Code of medical and sanitary regulations for the guidance of medical officers serving in the Madras Presidency - Volume II
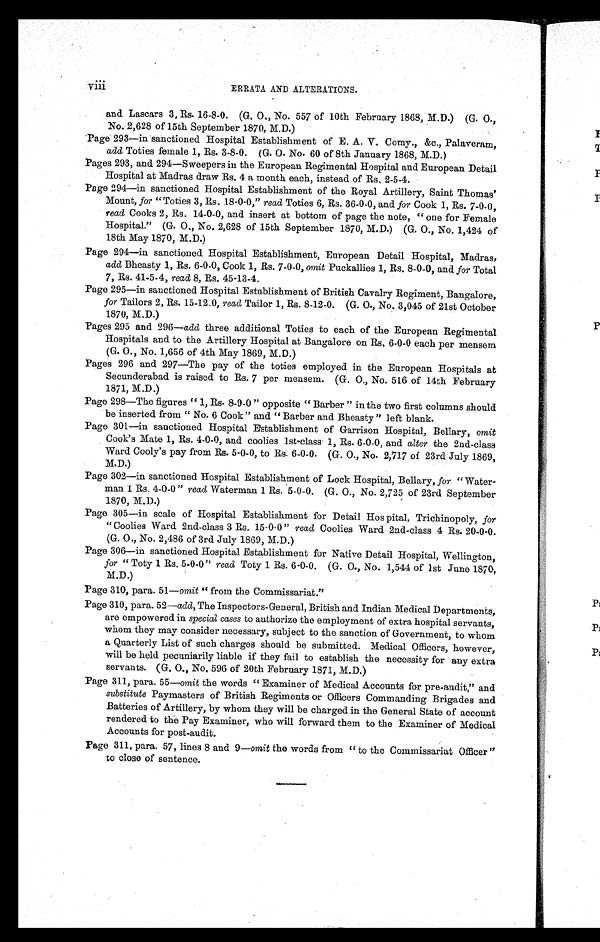
v i i i
ERRATA AND ALTERATIONS.
and Lascars 3, Rs. 16-8-0. (G. O,, No. 557 of 10th February 1868, M.D.) (G. O.,
No. 2,628 of 15th September 1870, M.D.)
Page 293—in sanctioned Hospital Establishment of E. A. V, Comy., &c., Palaveram,
add Toties female 1, Rs. 3-8-0. (G. O. No. 60 of 8th January 1868, M.D.)
Pages 293, and 294—Sweepers in the European Regimental Hospital and European Detail
Hospital at Madras draw Rs. 4 a month each, instead of Rs, 2-5-4.
Page 294—in sanctioned Hospital Establishment of the Royal Artillery, Saint Thomas'
Mount, for " Toties 3, Rs. 18-0-0," read Toties 6, Rs. 36-0-0, and for Cook 1, Rs. 7-0-0,
read Cooks 2, Rs. 14-0-0, and insert at bottom of page the note, " one for Female
Hospital." (G. O,, No. 2,628 of 15th September 1870, M.D.) (G. O., No. 1,424 of
18th May 1870, M.D.)
Page 294—in sanctioned Hospital Establishment, European Detail Hospital, Madras,
add Bheasty 1, Rs. 6-0-0, Cook 1, Rs. 7-0-0, omit Puckallies 1, Rs. 8-0-0, and for Total
7, Rs. 41.5-4, read 8, Rs. 45-13-4.
Page 295—in sanctioned Hospital Establishment of British Cavalry Regiment, Bangalore,
for Tailors 2, Rs. 15-12.0, read Tailor 1, Rs. 8-12-0. (G. O., No. 3,045 of 21st October
1870, M.D.)
Pages 295 and 296—add three additional Toties to each of the European Regimental
Hospitals and to the Artillery Hospital at Bangalore on Rs, 6-0-0 each per mensem
(G. O., No. 1,656 of 4th May 1869, M.D.)
Pages 296 and 297—The pay of the toties employed in the European Hospitals at
Secunderabad is raised to Rs. 7 per mensem. (G. O,, No. 516 of 14th February
1871, M.D.)
Page 298—The figures " 1, Rs. 8-9-0 " opposite " Barber " in the two first columns should
be inserted from " No. 6 Cook" and " Barber and Bheasty" left blank.
Page 301—in sanctioned Hospital Establishment of Garrison Hospital, Bellary, omit
Cook's Mate 1, Rs. 4-0-0, and coolies 1st-class 1, Rs. 6-0-0, and alter the 2nd-class
Ward Cooly's pay from Rs. 5-0-0, to Rs. 6-0-0. (G. O., No. 2,717 of 23rd July 1869,
M.D.)
Page 302—in sanctioned Hospital Establishment of Lock Hospital, Bellary, for " Water-
man 1 Rs. 4-0-0 " read Waterman 1 Rs. 5-0-0. (G. O., No. 2,725 of 23rd September
1870, M.D.)
Page 305—in scale of Hospital Establishment for Detail Hospital, Trichinopoly, for
" Coolies Ward 2nd-class 3 Rs. 15-0-0" read Coolies Ward 2nd-class 4 Rs. 20-0-0.
(G. O., No. 2,486 of 3rd July 1869, M.D.)
Page 306—in sanctioned Hospital Establishment for Native Detail Hospital, Wellington,
for "Toty 1 Rs. 5-0-0" read Toty 1 Rs. 6-0-0. (G. O., No. 1,544 of 1st June 1870,
M.D.)
Page 310, para. 51—omit " from the Commissariat."
Page 310, para. 52—add, The Inspectors-General, British and Indian Medical Departments,
are empowered in special cases to authorize the employment of extra hospital servants,
whom they may consider necessary, subject to the sanction of Government, to whom
a Quarterly List of such charges should be submitted. Medical Officers, however,
will be held pecuniarily liable if they fail to establish the necessity for any extra
servants. (G. O., No, 596 of 20th February 1871, M.D.)
Page 311, para. 55—omit the words " Examiner of Medical Accounts for pre-audit," and
substitute Paymasters of British Regiments or Officers Commanding Brigades and
Batteries of Artillery, by whom they will be charged in the General State of account
rendered to the Pay Examiner, who will forward them to the Examiner of Medical
Accounts for post-audit.
Page 311, para. 57, lines 8 and 9— omit the words from " to the Commissariat Officer"
to close of sentence.